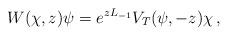
LaTeX: \begin{align*}W(\chi,z)\psi=e^{zL_{-1}}V_T(\psi,-z)\chi\,,\end{align*}